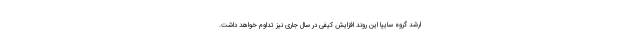
ارشد گروه سایپا این روند افزایش کیفی در سال جاری نیز تداوم خواهد داشت.